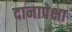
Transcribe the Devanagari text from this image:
दानापेक्षा